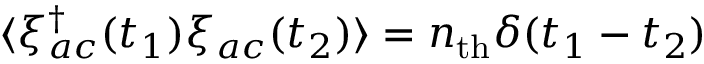
\langle \xi _ { a c } ^ { \dagger } ( t _ { 1 } ) \xi _ { a c } ( t _ { 2 } ) \rangle = n _ { \mathrm { t h } } \delta ( t _ { 1 } - t _ { 2 } )